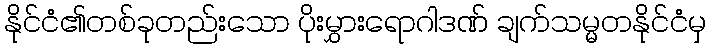
နိုင်ငံ၏တစ်ခုတည်းသော ပိုးမွှားရောဂါဒဏ် ချက်သမ္မတနိုင်ငံမှ